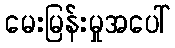
မေးမြန်းမှုအပေါ်